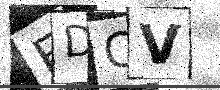
Text: FDCV